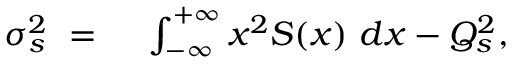
\begin{array} { r l } { \sigma _ { s } ^ { 2 } \ = \ } & { { } \int _ { - \infty } ^ { + \infty } x ^ { 2 } S ( x ) \ d x - Q _ { s } ^ { 2 } , } \end{array}